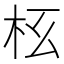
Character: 𣏳